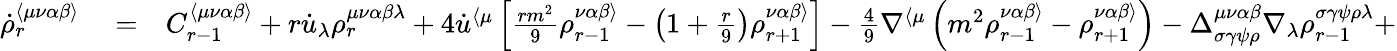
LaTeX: \begin{array}{rlr}{\dot{\rho}_{r}^{\langle\mu\nu\alpha\beta\rangle}}&{{}=}&{C_{r-1}^{\langle\mu\nu\alpha\beta\rangle}+r\dot{u}_{\lambda}\rho_{r}^{\mu\nu\alpha\beta\lambda}+4\dot{u}^{\langle\mu}\left[\frac{rm^{2}}{9}\rho_{r-1}^{\nu\alpha\beta\rangle}-\left(1+\frac{r}{9}\right)\rho_{r+1}^{\nu\alpha\beta\rangle}\right]-\frac{4}{9}\nabla^{\langle\mu}\left(m^{2}\rho_{r-1}^{\nu\alpha\beta\rangle}-\rho_{r+1}^{\nu\alpha\beta\rangle}\right)-\Delta_{\sigma\gamma\psi\rho}^{\mu\nu\alpha\beta}\nabla_{\lambda}\rho_{r-1}^{\sigma\gamma\psi\rho\lambda}+}\end{array}